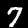
Digit: 7